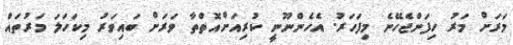
މަރަށް މަރު ހިފަންޖެހޭނެ މިފަހަރު. އެހެންނޫނީ ކުރިއަށްއޮތްތާ ވަރަށް ބައިވަރު މިކަހަލަ މަރުތައް